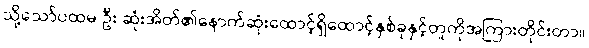
သို့သော်ပထမ ဦး ဆုံးအိတ်၏နောက်ဆုံးထောင့်ရှိထောင့်နှစ်ခုနှင့်တူကိုအကြားတိုင်းတာ။